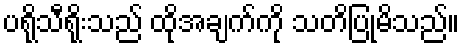
ပရိုသီရိုးသည် ထိုအချက်ကို သတိပြုမိသည်။